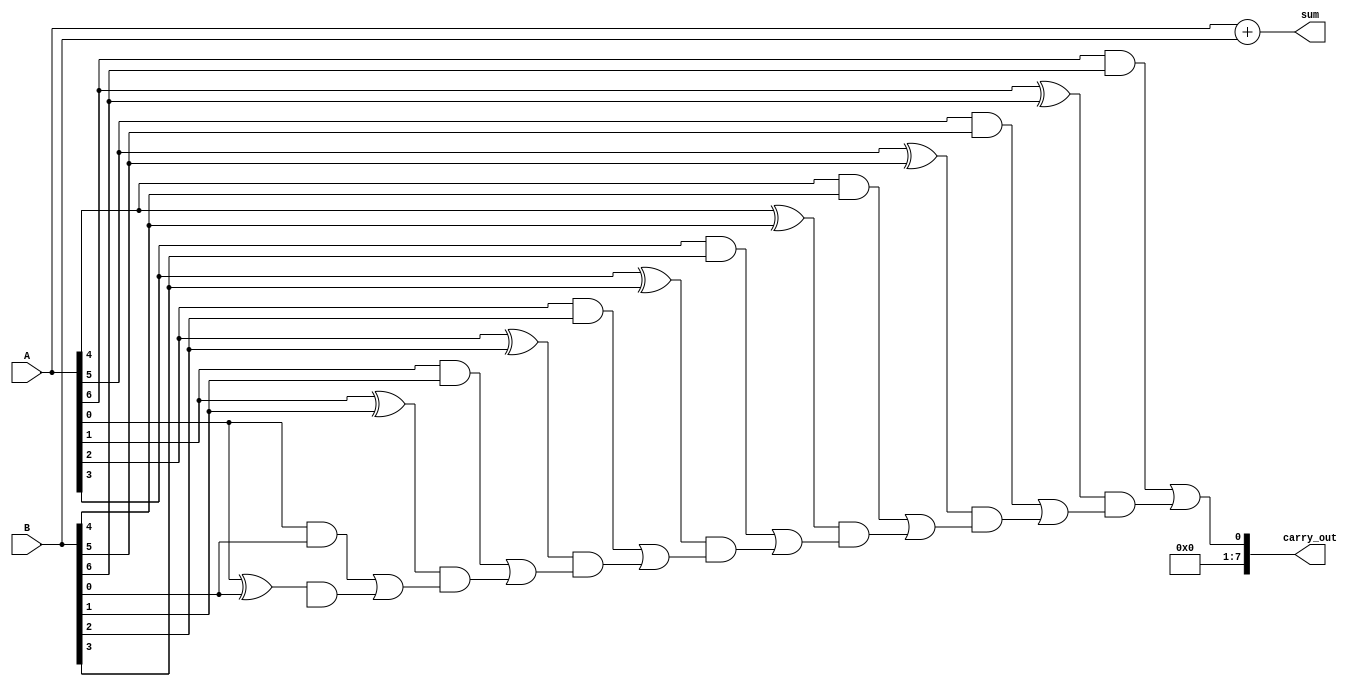
module carry_lookahead_adder(input [7:0] A, B,
                               output [7:0] sum, carry_out);
    
    wire [7:0] p, g;
    
    generate
        genvar i;
        for (i = 0; i < 8; i = i + 1) begin: gen_p_g
            assign p[i] = A[i] ^ B[i];
            assign g[i] = A[i] & B[i];
        end
    endgenerate

    wire [7:0] c;
    
    generate
        genvar i;
        for (i = 0; i < 7; i = i + 1) begin: gen_c
            assign c[i+1] = g[i] | (p[i] & c[i]);
        end
    endgenerate
    
    assign sum = A + B;
    assign carry_out = c[7];
    
endmodule